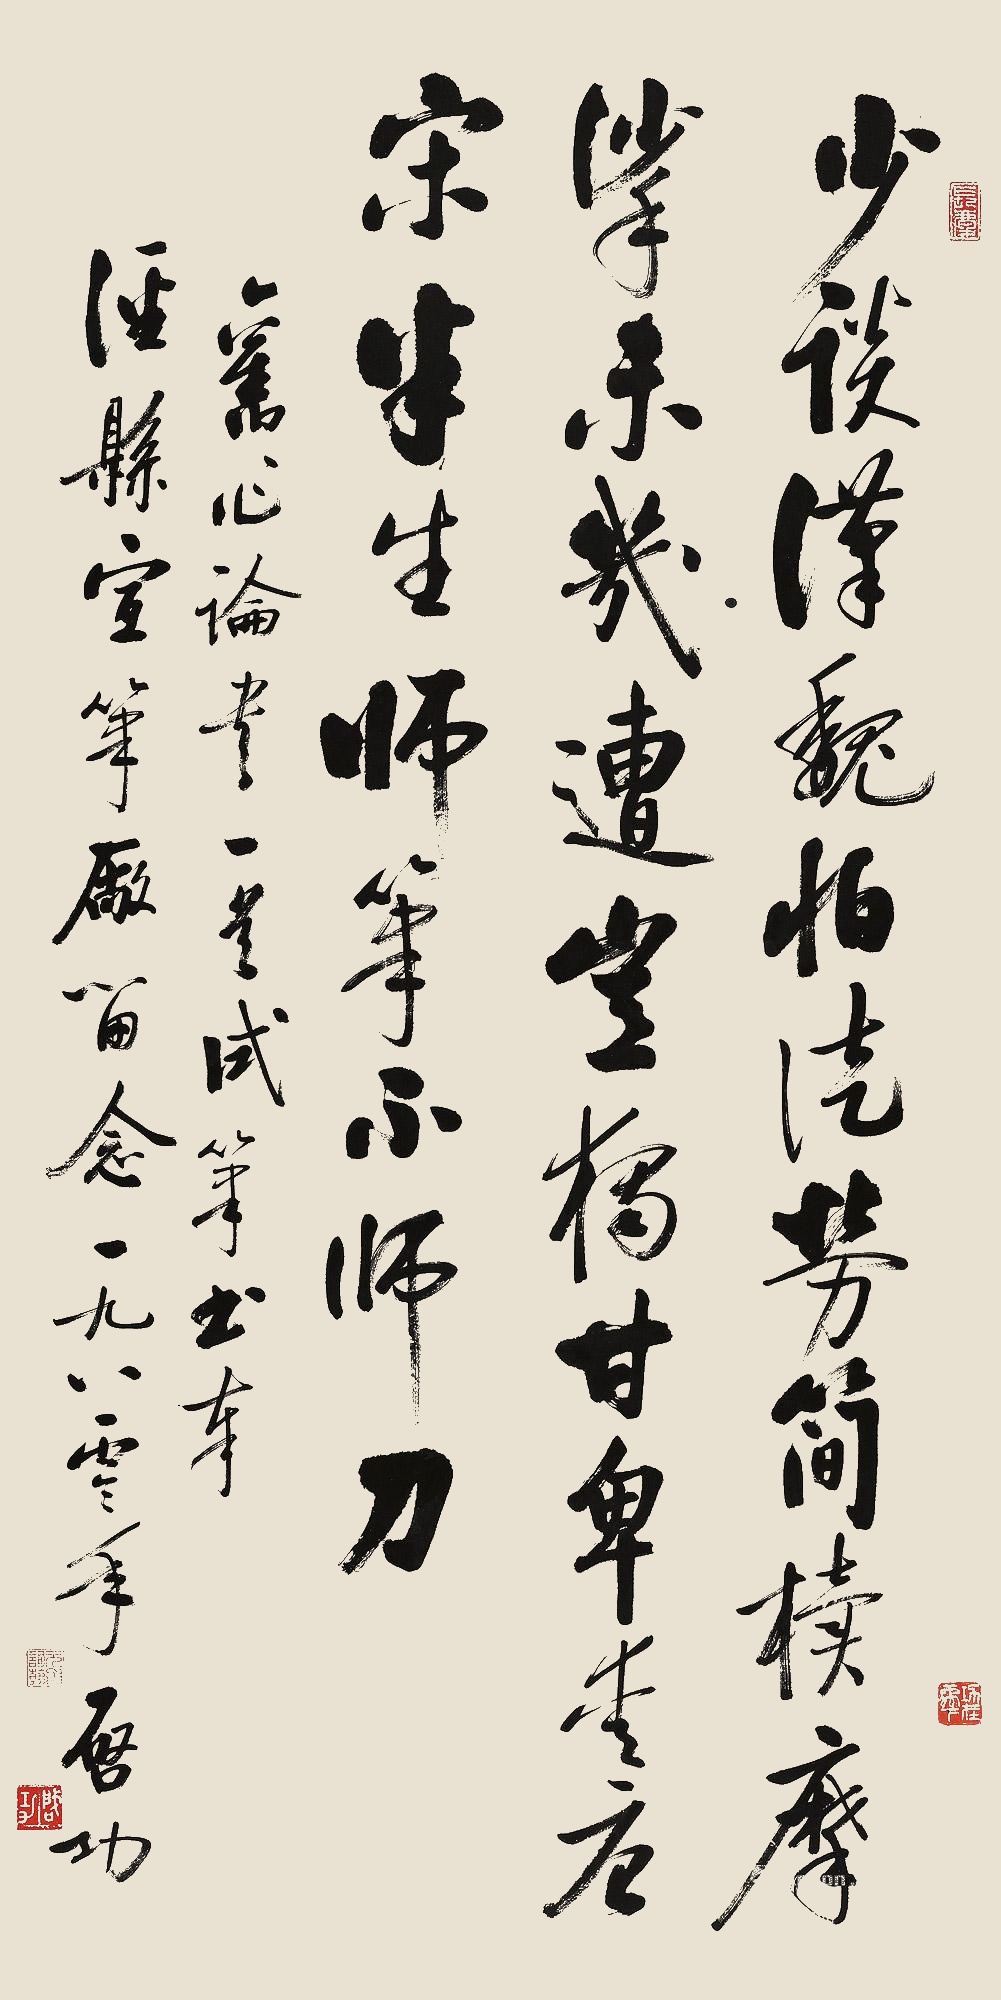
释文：少谈汉魏怕徒劳，简牍摩挲未几遭。岂独甘卑爱唐宋，半生师笔不师刀。旧作论书一首试笔，书奉泾县宣笔厂留念。一九八零年，启功。